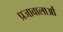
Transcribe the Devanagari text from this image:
प्रजावालाओं